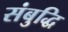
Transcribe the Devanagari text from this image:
संबुद्धि